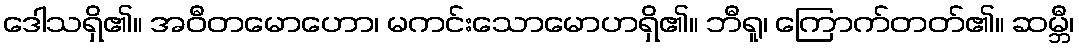
ဒေါသရှိ၏။ အဝီတမောဟော၊ မကင်းသောမောဟရှိ၏။ ဘီရူ၊ ကြောက်တတ်၏။ ဆမ္ဘီ၊